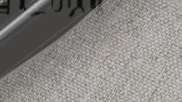
محلات العطريات: أجمل العط